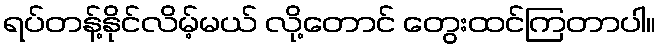
ရပ်တန့်နိုင်လိမ့်မယ် လို့တောင် တွေးထင်ကြတာပါ။